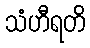
သံဟီရတိ